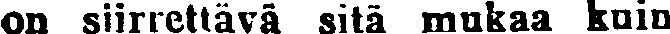
on siirrettävä sitä mukaa kuin